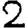
Digit: 2